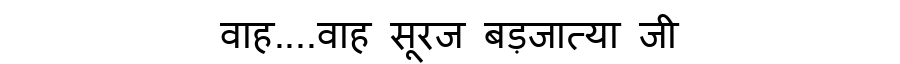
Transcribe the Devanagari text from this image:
वाह....वाह सूरज बड़जात्या जी